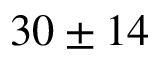
3 0 \pm 1 4